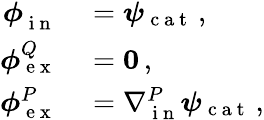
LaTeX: \begin{array}{rl}{\boldsymbol\phi{}_{\mathrm{~i~n~}}^{}}&{{}=\boldsymbol\psi_{\mathrm{~c~a~t~}}\, ,}\\ {\boldsymbol\phi{}_{\mathrm{~e~x~}}^{Q}}&{{}=\boldsymbol 0\, ,}\\ {\boldsymbol\phi{}_{\mathrm{~e~x~}}^{P}}&{{}=\nabla{}_{\mathrm{~i~n~}}^{P}\boldsymbol\psi_{\mathrm{~c~a~t~}}\, ,}\end{array}